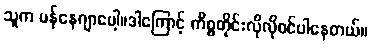
သူက မန်နေဂျာပေါ့။ဒါကြောင့် ကိစ္စတိုင်းလိုလိုဝင်ပါနေတယ်။